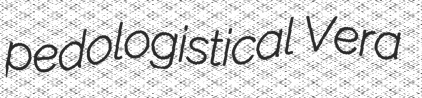
pedologistical Vera